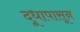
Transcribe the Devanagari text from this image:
दूधापासून